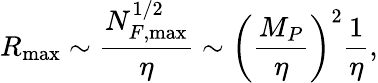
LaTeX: R_{\operatorname*{max}}\sim\frac{N_{F,\operatorname*{max}}^{1/2}}\eta\sim\left(\frac{M_{P}}\eta\right)^{2}\frac 1\eta,